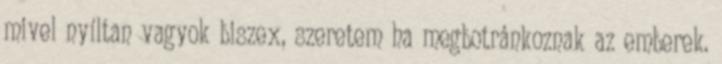
mivel nyíltan vagyok biszex, szeretem ha megbotránkoznak az emberek.